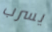
يسرب